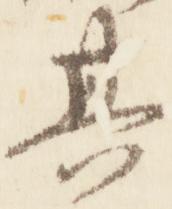
其